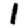
Digit: 1